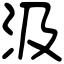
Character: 汲